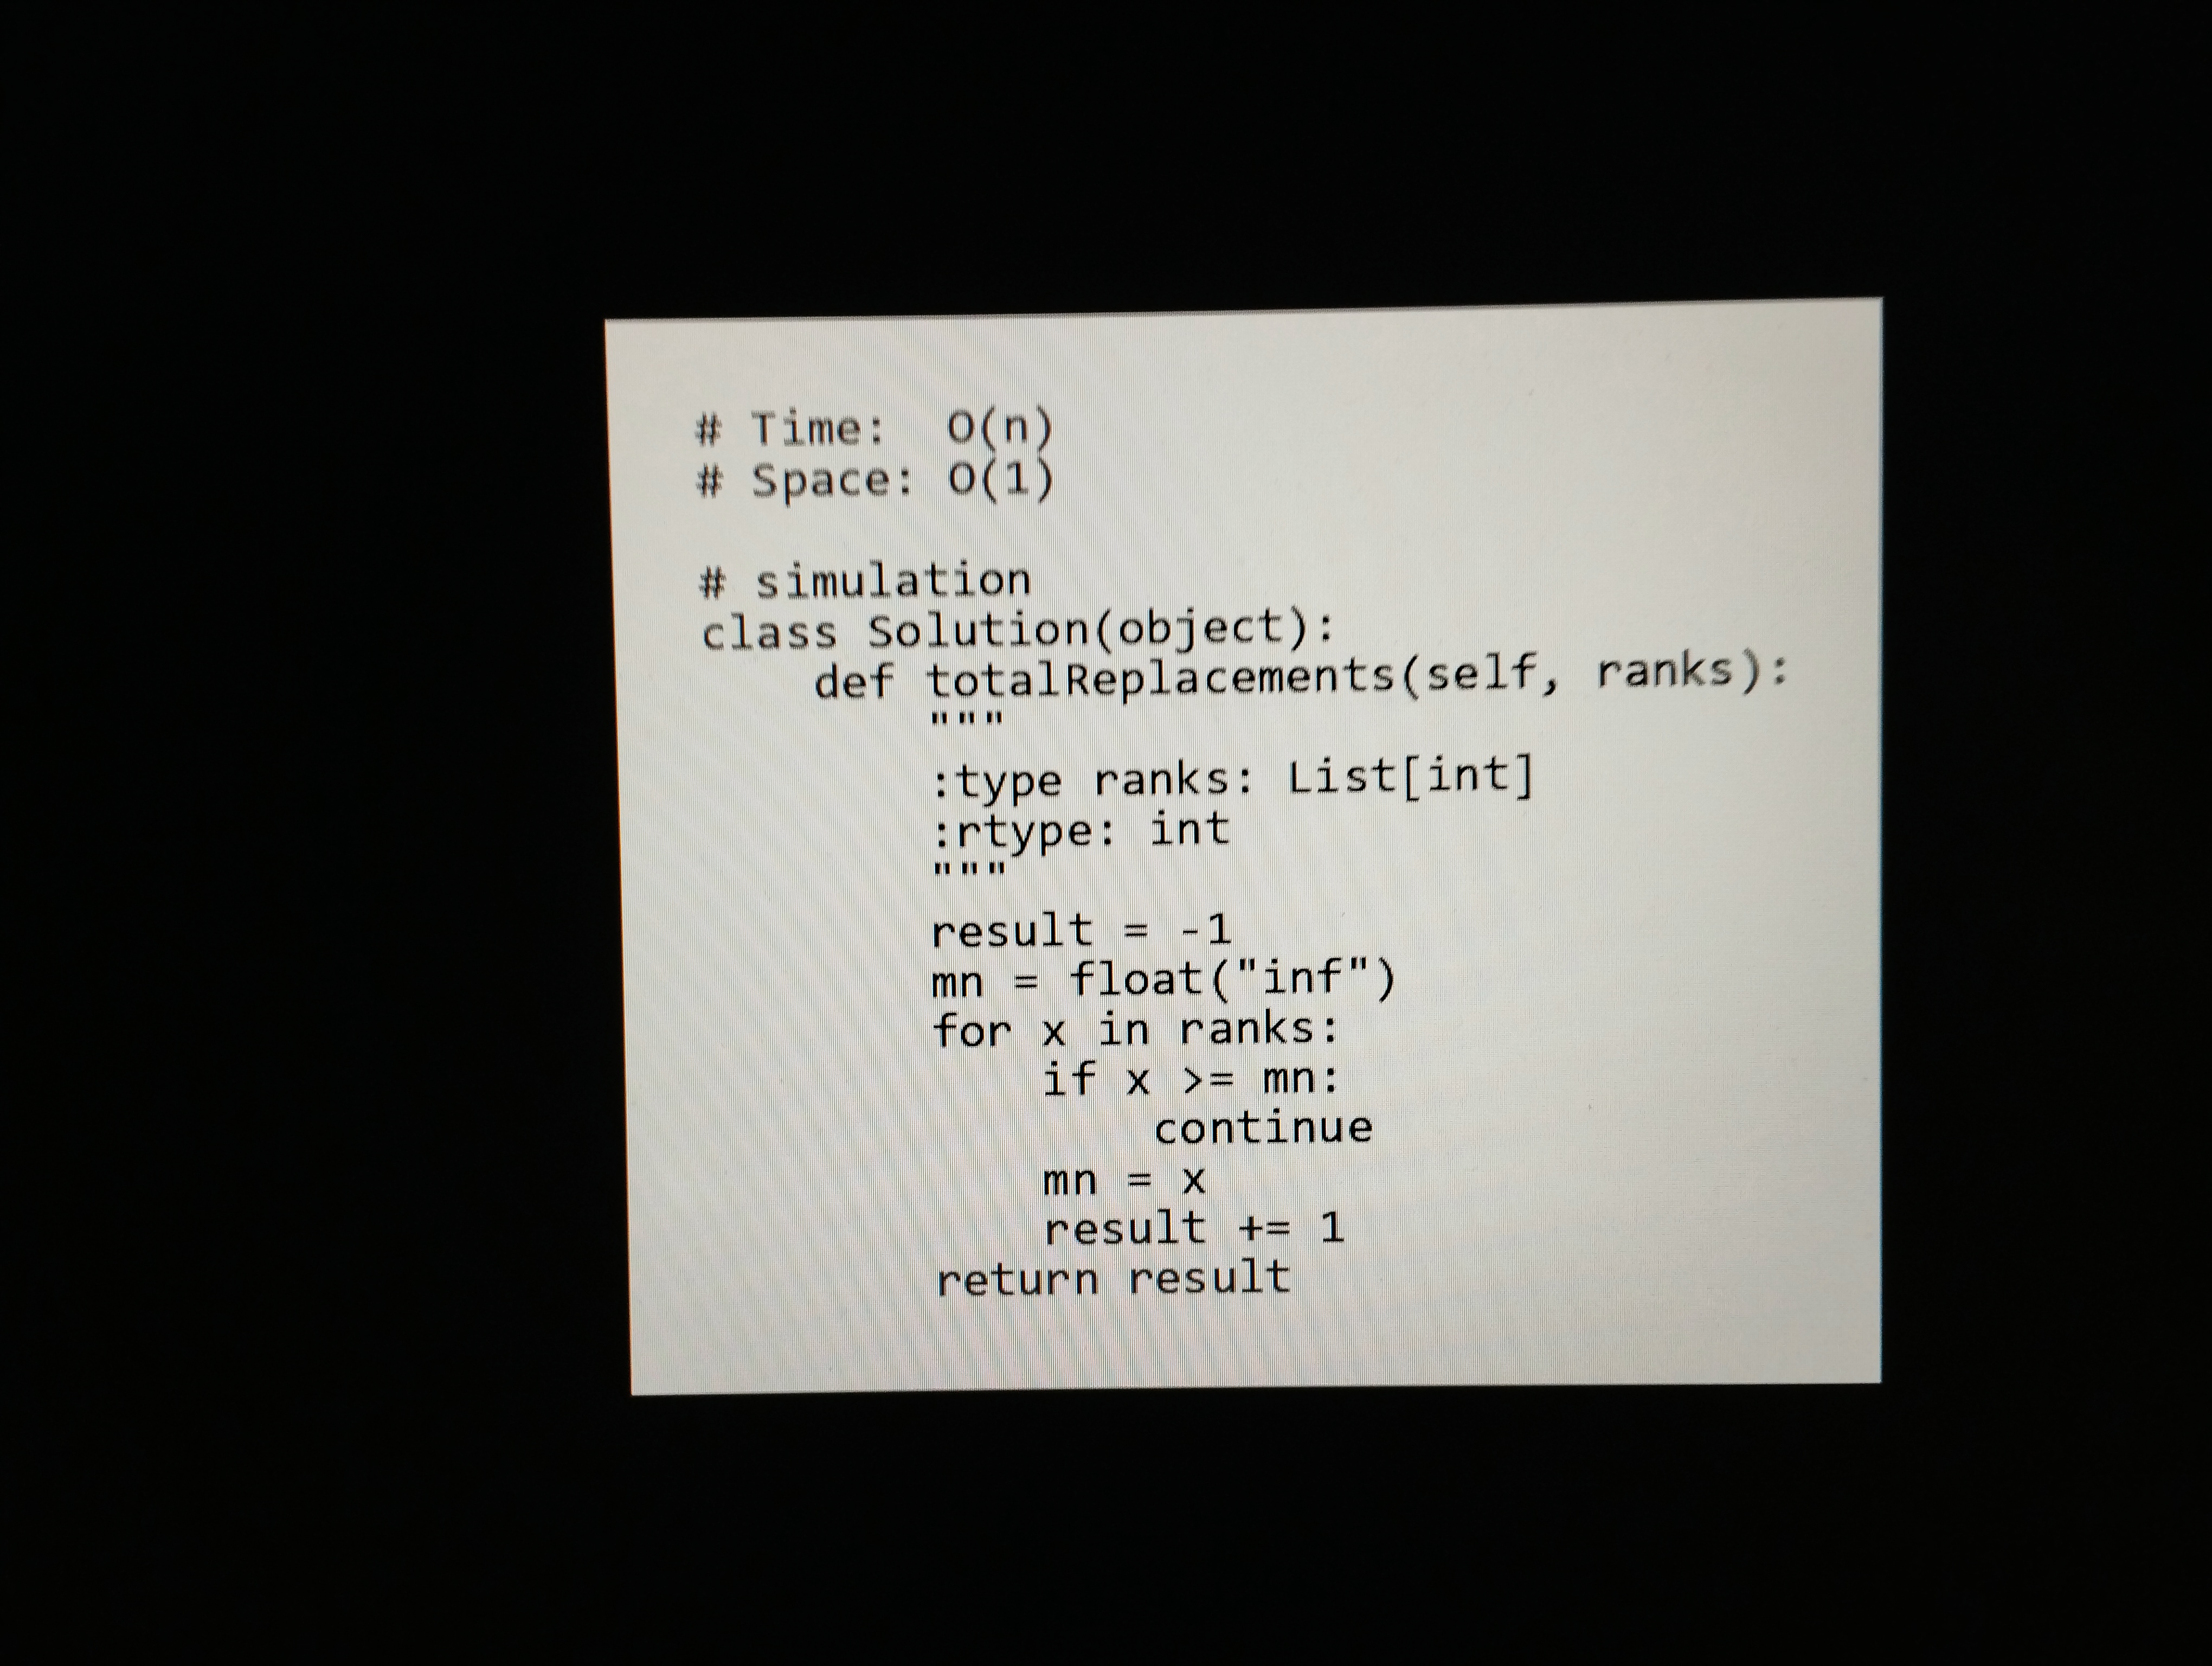
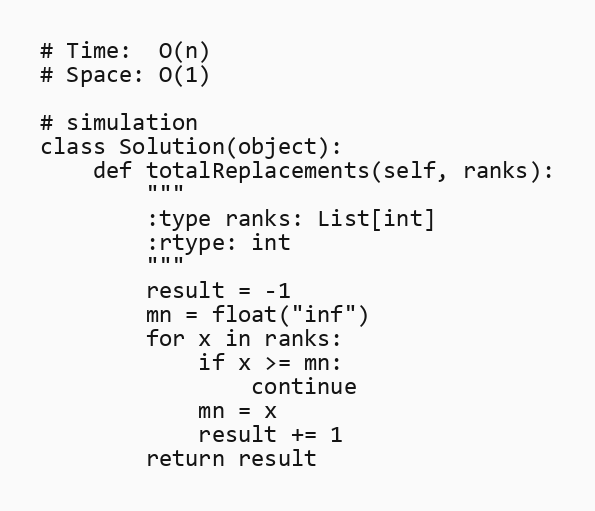
# Time:  O(n)
# Space: O(1)

# simulation
class Solution(object):
    def totalReplacements(self, ranks):
        """
        :type ranks: List[int]
        :rtype: int
        """
        result = -1
        mn = float("inf")
        for x in ranks:
            if x >= mn:
                continue
            mn = x
            result += 1
        return result